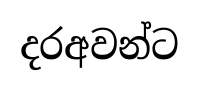
දරඅවන්ට